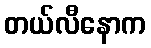
တယ်လီနောက